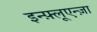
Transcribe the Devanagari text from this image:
इन्फ़्लूएन्ज़ा